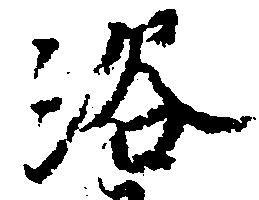
浴